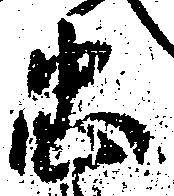
忠